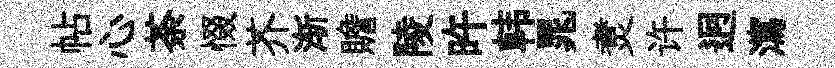
帖心荼惙芥渐贍陵旿韩晁煑许迥瀉